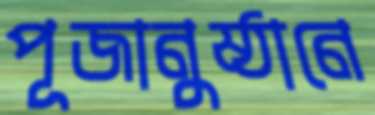
পূজানুষ্ঠানে